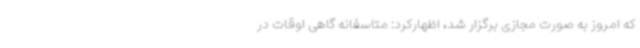
که امروز به صورت مجازی برگزار شد، اظهارکرد: متاسفانه گاهی اوقات در